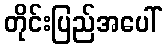
တိုင်းပြည်အပေါ်